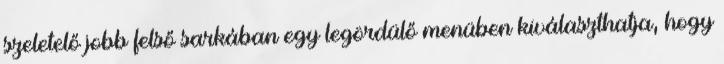
szeletelő jobb felső sarkában egy legördülő menüben kiválaszthatja, hogy